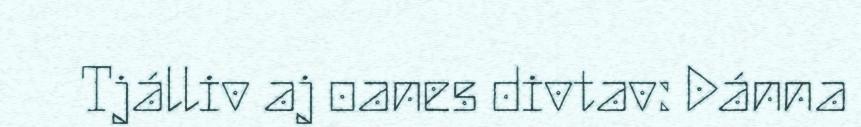
Tjálliv aj oanes divtav: Dánna